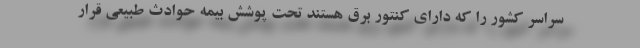
سراسر کشور را که دارای کنتور برق هستند تحت پوشش بیمه حوادث طبیعی قرار